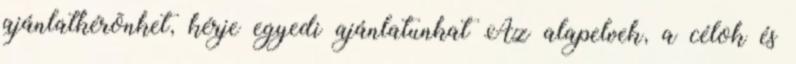
ajánlatkérõnket, kérje egyedi ajánlatunkat Az alapelvek, a célok és